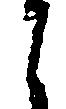
之